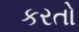
કરતો